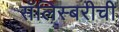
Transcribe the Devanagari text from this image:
सॅलिस्बरीची